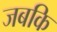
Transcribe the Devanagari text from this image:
जबकि